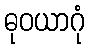
ဓုဝယာဂုံ